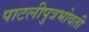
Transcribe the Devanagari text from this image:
पाटलीपुत्रभोवती